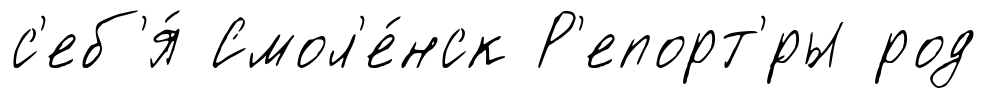
с'еб'я́ Смол'е́нск Р'епорт'́ры род